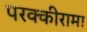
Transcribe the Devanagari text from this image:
परक्कीरामा